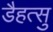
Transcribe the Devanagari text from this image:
डैहत्सु